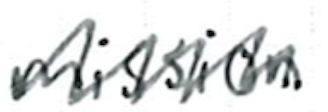
Text: mission
Cross-out: zig-zag
Writing tool: ballpoint